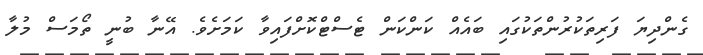
ގެންދިޔަ ފަރިތަކުރުންތަކުގައި ބައެއް ކަންކަން ޓެސްޓްކޮށްފައިވާ ކަމަށެވެ. އޭނާ ބުނީ ތޯމަސް މުލާ